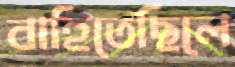
বাহিতেছিলে